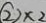
\textcircled { 2 } x _ { 2 }